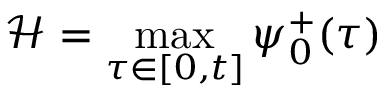
\mathcal { H } = \operatorname* { m a x } _ { \tau \in [ 0 , t ] } \psi _ { 0 } ^ { + } ( \tau )